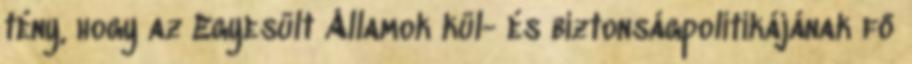
tény, hogy az Egyesült Államok kül- és biztonságpolitikájának fő